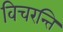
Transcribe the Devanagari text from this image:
विचरन्ति